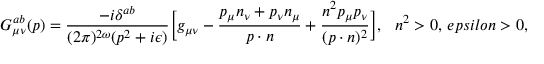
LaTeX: G _ { \mu \nu } ^ { a b } ( p ) = \frac { - i \delta ^ { a b } } { ( 2 \pi ) ^ { 2 \omega } ( p ^ { 2 } + i \epsilon ) } \Big [ g _ { \mu \nu } - \frac { p _ { \mu } n _ { \nu } + p _ { \nu } n _ { \mu } } { p \cdot n } + \frac { n ^ { 2 } p _ { \mu } p _ { \nu } } { ( p \cdot n ) ^ { 2 } } \Big ] , \ \ n ^ { 2 } > 0 , \, e p s i l o n > 0 ,